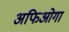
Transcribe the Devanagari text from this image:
अफिओगा